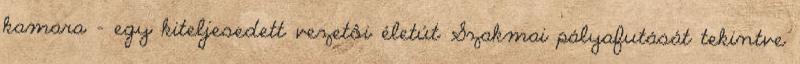
kamara – egy kiteljesedett vezetôi életút Szakmai pályafutását tekintve